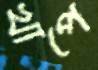
খাপে